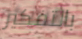
بالتفكير